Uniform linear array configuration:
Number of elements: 16
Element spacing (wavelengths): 0.5
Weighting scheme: kaiser
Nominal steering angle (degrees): -30
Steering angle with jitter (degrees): -28.716
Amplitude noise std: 0.05
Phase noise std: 0.05

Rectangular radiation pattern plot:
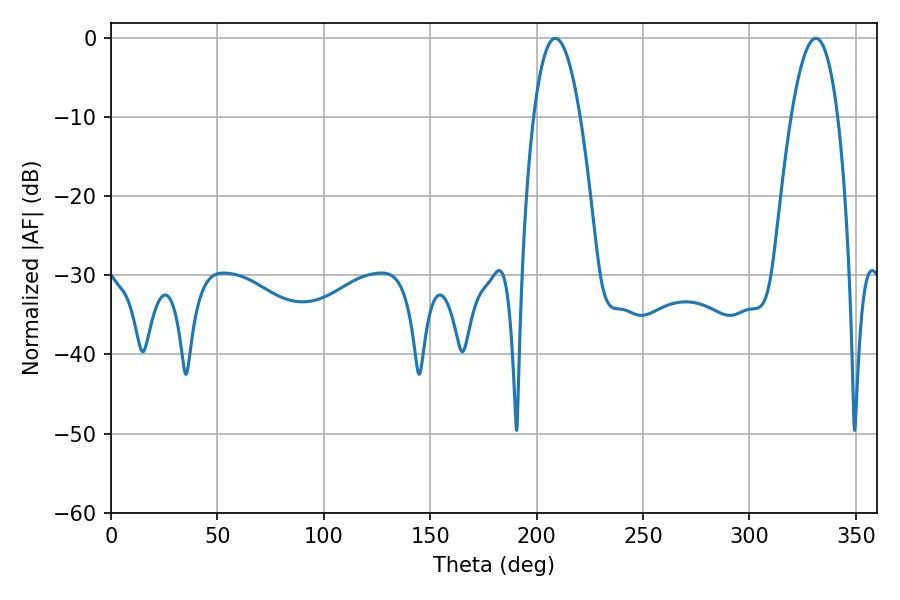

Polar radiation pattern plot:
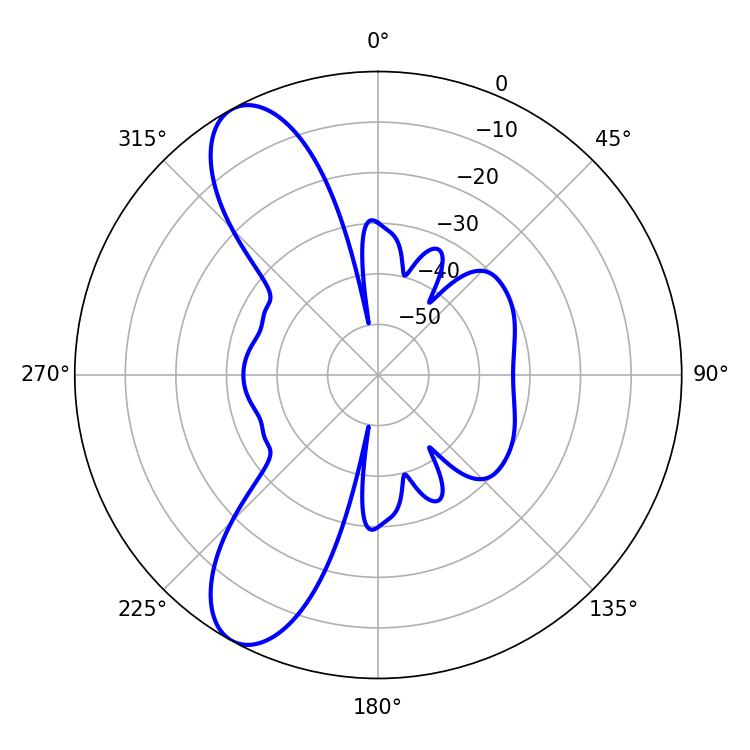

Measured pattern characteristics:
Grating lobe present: FALSE
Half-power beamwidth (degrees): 12.06
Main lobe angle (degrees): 208.8